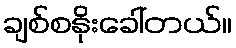
ချစ်စနိုးခေါ်တယ်။